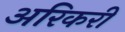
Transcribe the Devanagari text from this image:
अरिकरी